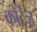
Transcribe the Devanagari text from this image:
कोर्टेज़